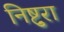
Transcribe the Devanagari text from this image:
निष्टुरा